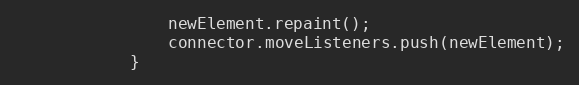
Language: JavaScript
				newElement.repaint();
				connector.moveListeners.push(newElement);
			}